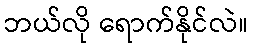
ဘယ်လို ရောက်နိုင်လဲ။